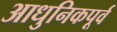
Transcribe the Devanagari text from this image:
आधुनिकपूर्व